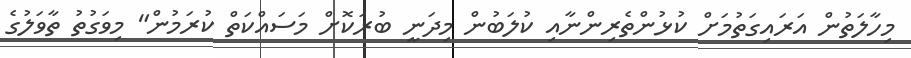
މިހާލަތުން އަރައިގަތުމަށް ކުޅުންތެރިންނާއި ކުލަބުން މިދަނީ ބުރަކޮށް މަސައްކަތް ކުރަމުން" މިވަގުތު ތާވަލުގެ